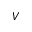
V